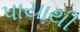
પાયાથી